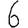
Digit: 6